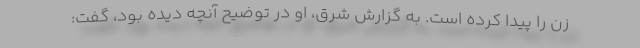
زن را پیدا کرده است. به گزارش شرق، او در توضیح آنچه دیده بود، گفت: